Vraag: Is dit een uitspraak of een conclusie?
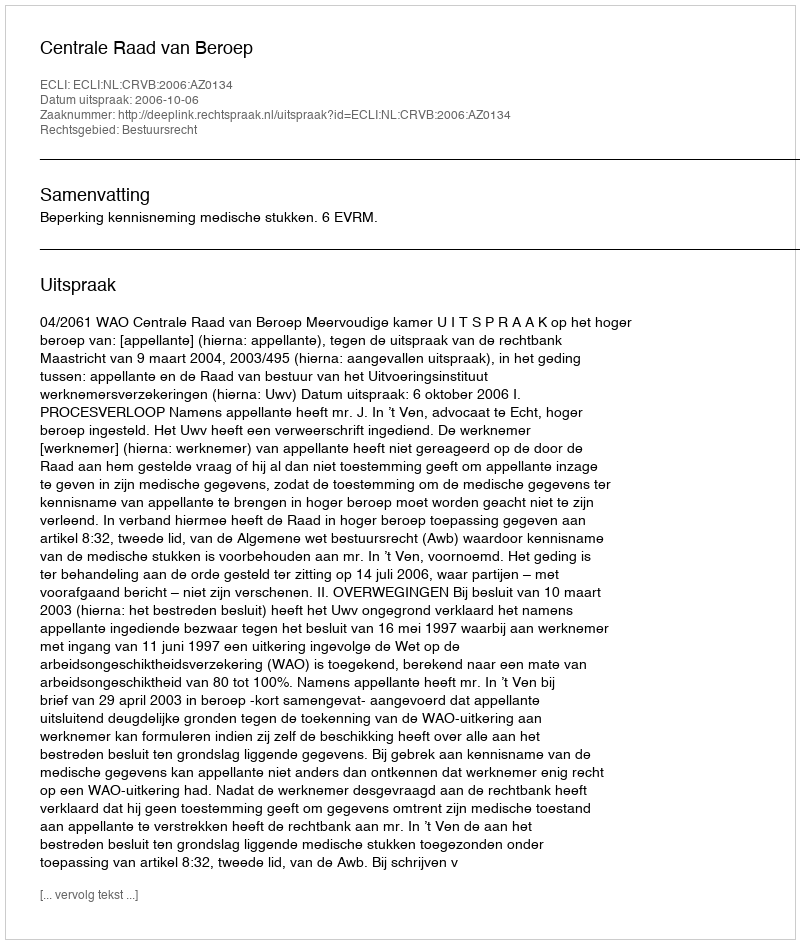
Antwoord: Uitspraak